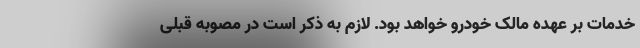
خدمات بر عهده مالک خودرو خواهد بود. لازم به ذکر است در مصوبه قبلی